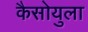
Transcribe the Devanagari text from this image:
कैसोयुला